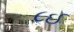
૮ઈ